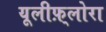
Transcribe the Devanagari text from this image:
यूलीफ़्लोरा